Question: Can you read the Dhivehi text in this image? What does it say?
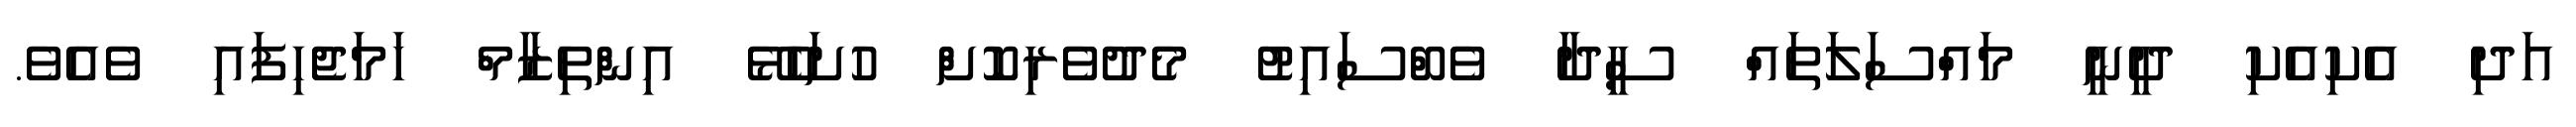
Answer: އަދި އެކިއެކި ދީނީ މައްސަލަތައް ސީދާ ވެބްސައިޓު މެދުވެރިކޮށް ހުށަހެޅޭ އިންތިޒާމް ހަމަޖެހިފައި ވެއެވެ.